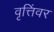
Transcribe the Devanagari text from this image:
वृत्तिंवर